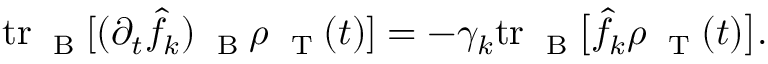
\begin{array} { r } { \mathrm { t r } _ { \mathrm { ~ \tiny ~ B ~ } } [ ( \partial _ { t } \hat { f } _ { k } ) _ { \mathrm { ~ \tiny ~ B ~ } } \rho _ { \mathrm { ~ \tiny ~ T ~ } } ( t ) ] = - \gamma _ { k } \mathrm { t r } _ { \mathrm { ~ \tiny ~ B ~ } } \big [ \hat { f } _ { k } \rho _ { \mathrm { ~ \tiny ~ T ~ } } ( t ) \big ] . } \end{array}